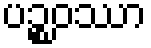
ပဉ္စဝဿာ